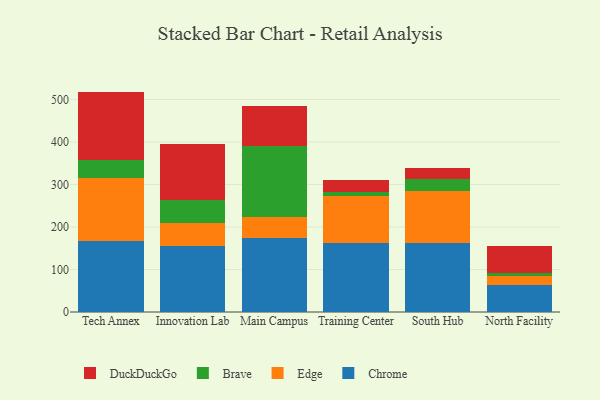
{"axis": {"x": "Campus", "y": "Population (Million)"}, "legend": ["Brave", "Chrome", "DuckDuckGo", "Edge"], "data": [{"x": "Tech Annex", "y": 166.8, "type": "Chrome"}, {"x": "Tech Annex", "y": 148.1, "type": "Edge"}, {"x": "Tech Annex", "y": 43.1, "type": "Brave"}, {"x": "Tech Annex", "y": 160.6, "type": "DuckDuckGo"}, {"x": "Innovation Lab", "y": 155.0, "type": "Chrome"}, {"x": "Innovation Lab", "y": 54.6, "type": "Edge"}, {"x": "Innovation Lab", "y": 53.2, "type": "Brave"}, {"x": "Innovation Lab", "y": 133.5, "type": "DuckDuckGo"}, {"x": "Main Campus", "y": 173.3, "type": "Chrome"}, {"x": "Main Campus", "y": 50.8, "type": "Edge"}, {"x": "Main Campus", "y": 167.1, "type": "Brave"}, {"x": "Main Campus", "y": 92.4, "type": "DuckDuckGo"}, {"x": "Training Center", "y": 161.3, "type": "Chrome"}, {"x": "Training Center", "y": 111.5, "type": "Edge"}, {"x": "Training Center", "y": 8.4, "type": "Brave"}, {"x": "Training Center", "y": 28.8, "type": "DuckDuckGo"}, {"x": "South Hub", "y": 162.1, "type": "Chrome"}, {"x": "South Hub", "y": 121.6, "type": "Edge"}, {"x": "South Hub", "y": 30.1, "type": "Brave"}, {"x": "South Hub", "y": 24.9, "type": "DuckDuckGo"}, {"x": "North Facility", "y": 63.4, "type": "Chrome"}, {"x": "North Facility", "y": 21.6, "type": "Edge"}, {"x": "North Facility", "y": 6.3, "type": "Brave"}, {"x": "North Facility", "y": 65.0, "type": "DuckDuckGo"}]}